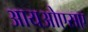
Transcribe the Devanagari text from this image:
आयओएसए